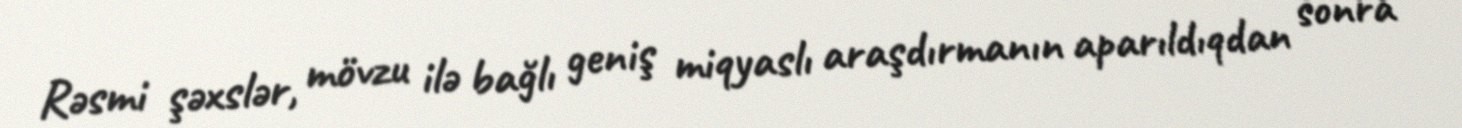
Rəsmi şəxslər, mövzu ilə bağlı geniş miqyaslı araşdırmanın aparıldıqdan sonra